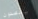
يقصدون